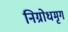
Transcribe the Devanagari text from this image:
निग्रोधमृग